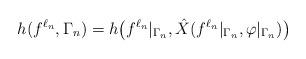
LaTeX: \begin{align*}h(f^{\ell_n},\Gamma_n)= h\big(f^{\ell_n}|_{\Gamma_n},\hat{X}(f^{\ell_n}|_{\Gamma_n},\varphi|_{\Gamma_n})\big)\end{align*}